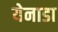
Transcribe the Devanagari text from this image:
येनाडा